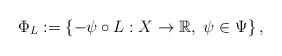
\begin{align*}\Phi_L :=\left\{-\psi\circ L: X\to \mathbb{R}, \ \psi\in\Psi \right\},\end{align*}